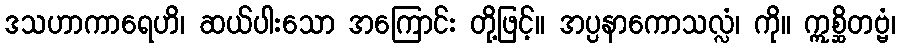
ဒသဟာကာရေဟိ၊ ဆယ်ပါးသော အကြောင်း တို့ဖြင့်။ အပ္ပနာကောသလ္လံ၊ ကို။ ဣစ္ဆိတဗ္ဗံ၊